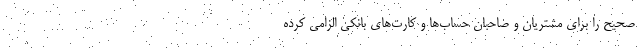
صحیح را برای مشتریان و صاحبان حساب‌ها و کارت‌های بانکی الزامی کرده